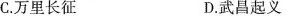
C.万里长征 D.武昌起义